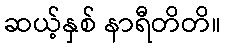
ဆယ့်နှစ် နာရီတိတိ။